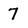
Character: 7